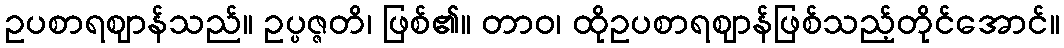
ဥပစာရဈာန်သည်။ ဥပ္ပဇ္ဇတိ၊ ဖြစ်၏။ တာဝ၊ ထိုဥပစာရဈာန်ဖြစ်သည့်တိုင်အောင်။